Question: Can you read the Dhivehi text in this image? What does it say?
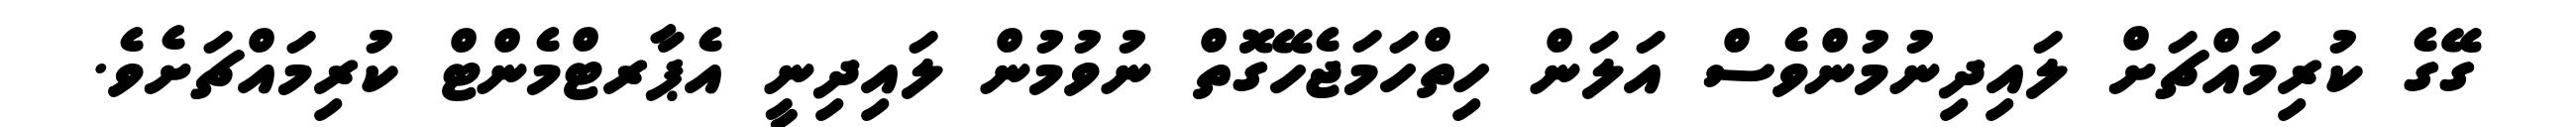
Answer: ގޭގެ ކުރިމައްޗަށް ލައިދިނުމުންވެސް އަލަން ހިތްހަމަޖެހޭގޮތް ނުވުމުން ލައިދިނީ އެޕާރޓްމެންޓް ކުރިމައްޗަށެވެ.